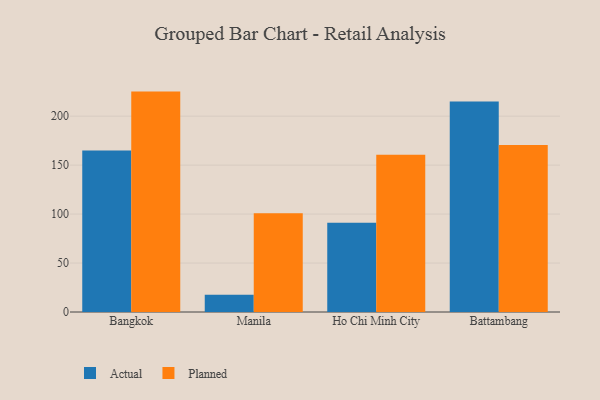
{"axis": {"x": "City", "y": "Gross Profit (USD K)"}, "legend": ["Actual", "Planned"], "data": [{"x": "Bangkok", "y": 165.0, "type": "Actual"}, {"x": "Bangkok", "y": 225.1, "type": "Planned"}, {"x": "Manila", "y": 17.5, "type": "Actual"}, {"x": "Manila", "y": 100.8, "type": "Planned"}, {"x": "Ho Chi Minh City", "y": 91.2, "type": "Actual"}, {"x": "Ho Chi Minh City", "y": 160.7, "type": "Planned"}, {"x": "Battambang", "y": 214.9, "type": "Actual"}, {"x": "Battambang", "y": 170.6, "type": "Planned"}]}